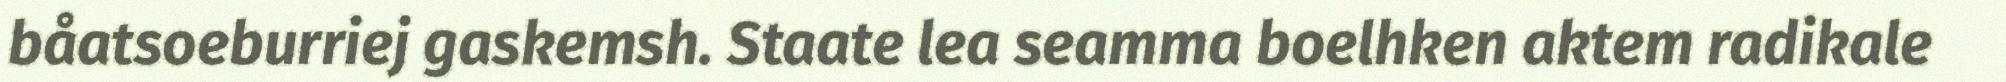
båatsoeburriej gaskemsh. Staate lea seamma boelhken aktem radikale